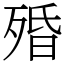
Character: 殙